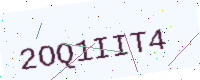
Text: 2OQ1IIT4